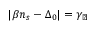
\lvert \beta n _ { s } - \Delta _ { 0 } \rvert = \gamma _ { \perp }